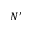
N ^ { \prime }